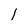
Character: l